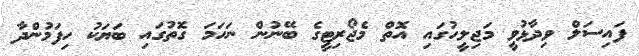
ފައިސަލް ވިދާޅުވީ މަޖިލީހުގައި އޮތް މެޖޯރިޓީގެ ބޭނުން ނަހަމަ ގޮތުގައި ބަޔަކު ހިފަމުންދާ